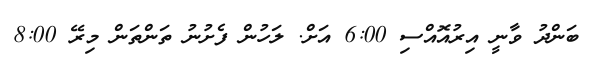
ބަންދު ވާނީ އިރުއޮއްސި 6:00 އަށް. ލަހުން ފެށުނު ތަންތަން މިރޭ 8:00